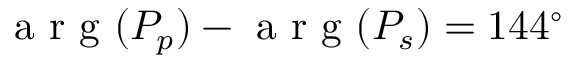
\mathrm { ~ a ~ r ~ g ~ } ( P _ { p } ) - \mathrm { ~ a ~ r ~ g ~ } ( P _ { s } ) = 1 4 4 ^ { \circ }